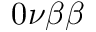
0 \nu \beta \beta